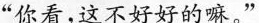
”你看，这不好好的嘛。”